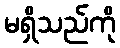
မရှိသည်ကို